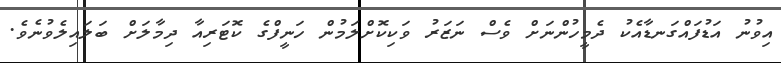
އިވުނު އަޑުފައްގަނޑާއެކު ދެމީހުންނަށް ވެސް ނަޒަރު ވަކިކޮށްލަމުން ހަނީފްގެ ކޮޓަރިއާ ދިމާލަށް ބަލައިލެވުނެވެ.